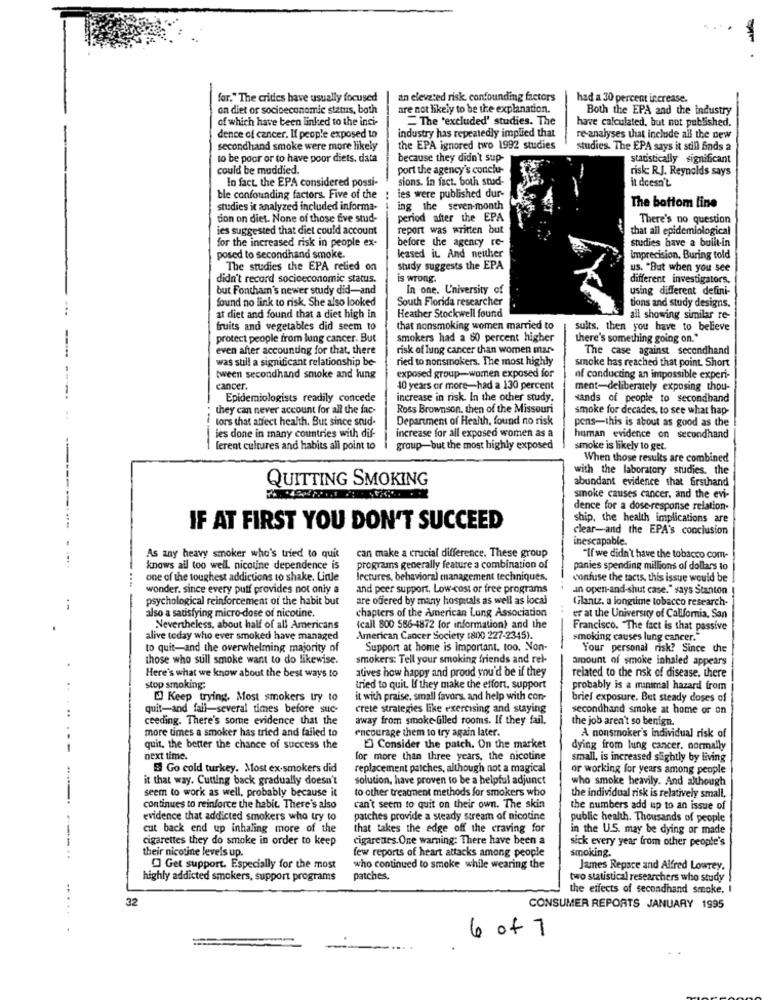
for." The critics have usually focused
an elevated risk, confounding factors
had a 30 percent increase.
an diet or socioeconomic status, both
are not likely to be the explanation.
Both the EPA and the industry
of which have been linked to the inci-
"The 'excluded' studies. The
have calculated, but not published.
industry has repeatedly implied that
dence of cancer. If people exposed to
re-analyses that include all the new
secondhand smoke were more likely
the EPA ignored two 1992 studies
studies. The EPA says it still Bads a
to be poor or to have poor diets. data
because they didn't sup-
statistically significant
could be muddied.
port the agency's conclu-
risk: R.J. Reynolds says
In fact. the EPA considered possi-
sions. In fact. both stud-
it doesn't
ble confounding factors. Five of the
ies were published dur-
studies it analyzed included informa-
ing the seven-month
The bottom line
tion on diet. None of those five stud-
period after the EPA
There's no question
ies suggested that diet could account
report was written but
that all epidemiological
for the increased risk in people ex-
before the agency re-
studies have a built-in
posed to secondhand smoke.
leased iL And neither
Imprecision, Buring told
The studies the EPA relied on
study suggests the EPA
us. "But when you see
didn't record socioeconomic status.
is wrong.
different investigators.
but Fontham's newer study did-and
In one. University of
using different defini-
found no link to risk. She also looked
South Florida researcher
tions and study designs.
at diet and found that a diet high in
Heather Stockwell found
all showing similar re-
fruits and vegetables did seem to
that nonsmoking women married to
sults, then you have to believe
protect people from lung cancer. But
smokers had a 80 percent higher
there's something going on."
even after accounting for that, there
risk of lung cancer than women mar-
The case against secondhand
was still a significant relationship be-
ried to nonsmokers. The most highly
smoke has reached that point. Short
tween secondhand smoke and lung
exposed group-women exposed for
of conducting an impossible experi-
cancer.
40 years or more-had a 130 percent
ment-deliberately exposing thou-
Epidemiologists readily concede
increase in risk. In the other study.
sands of people to secondhand
they can never account for all the fac-
Ross Brownson, then of the Missouri
smoke for decades, to see what hap-
tors that affect health. But since said-
Department of Health, found no risk
pens-this is about as good as the
ies done in many countries with dif-
increase for all exposed women as a
human evidence on secondhand
ferent cultures and habits all point to
-
group-but the most highly exposed
smoke is likely to get.
When those results are combined
with the laboratory studies, the
QUITTING SMOKING
abundant evidence that firsthand
smoke causes cancer, and the evi-
dence for a dose-response relation-
ship. the health implications are
IF AT FIRST YOU DON'T SUCCEED
clear-and the EPA's conclusion
inescapable.
As any heavy smoker who's tried to quit
can make a crucial difference. These group
"If we didn't have the tobacco com-
knows all too well. nicotine dependence is
programs generally feature a combination of
panies spending millions of dollars to
one of the toughest addictions to shake. Liale
lectures, behavioral management techniques.
confuse the facts, this issue would be
wonder. since every puff provides not only a
and peer support. Low-cost or free programs
an open-and-shut case." says Stanton
psychological reinforcement of the habit but
are offered by many hospitals as well as local
Glantz. a longume tobacco research-
chapters of the American Lung Association
also a satisfying micro-dose of nicotine.
er at the University of California, San
Nevertheless, about half of all Americans
(call 800 586-4872 for information) and the
Francisco. The fact is that passive
alive today who ever smoked have managed
American Cancer Society (800 227-2345).
smoking causes lung cancer."
to quit-and the overwhelming majority of
Support at home is important. too. Non-
Your personal risk? Since the
those who sull smoke want to do likewise.
smokers: Tell your smoking friends and rel-
amount of smoke inhaled appears
atives how happy and proud you'd be if they
Here's what we know about the best ways to
related to the nsk of disease. there
..
stop smoking:
tried to quit. If they make the effort, support
probably is a minimal hazard from
[ Keep trying. Most smokers try to
it with praise. small favors, and help with con-
brief exposure. But steady doses of
..
quit-and fall-several times before suc-
crete strategies like exercising and staying
secondhand smoke at home or on
ceeding. There's some evidence that the
away from smoke-Glled rooms. If they fail.
the job aren't so benign.
more times a smoker has tried and failed to
encourage them to try again later.
A nonsmoker's Individual risk of
quit, the better the chance of success the
Consider the patch. On the market
dying from lung cancer. normally
next time.
for more than three years, the nicotine
small, is increased slightly by living
Go cold turkey. Most ex-smokers did
replacement patches, although not a magical
or working for years among people
it that way. Cutting back gradually doesn't
solution, have proven to be a helpful adjunct
who smoke heavily. And although
seem to work as well, probably because it
to other treatment methods for smokers who
the individual risk is relatively small,
continues to reinforce the habit. There's also
can't seem to quit on their own. The skin
the numbers add up to an issue of
evidence that addicted smokers who try to
patches provide a steady stream of nicotine
public health. Thousands of people
cut back end up inhaling more of the
that takes the edge off the craving for
in the U.S. may be dying or made
cigarettes they do smoke in order to keep
cigarettes. One warning: There have been a
sick every year from other people's
their nicotine levels up.
few reports of heart attacks among people
smoking.
Get support. Especially for the most
who continued to smoke while wearing the
James Repace and Alfred Lowrey.
highly addicted smokers, support programs
patches.
two statistical researchers who study
the effects of secondhand smoke. I
32
CONSUMER REPORTS JANUARY 1995
6 of 7